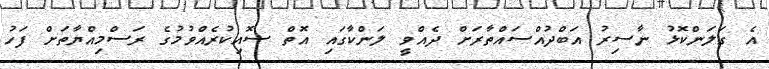
އެ ގަލަންކޮޅު ނާސިރު އަބްދުއްސައްތާރަށް ދެއްވީ ލަންކާގައި އޮތް ސޮއިކުރެއްވުމުގެ ރަސްމިއްޔާތަށް ފަހު